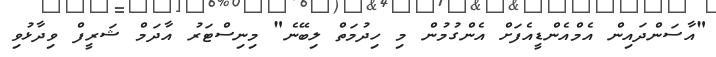
"އާސަންދައިން އެމްއެންޑީއެފަށް އެންގުމުން މި ހިދުމަތް ލިބޭނެ" މިނިސްޓަރު އާދަމް ޝަރީފް ވިދާޅުވި